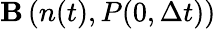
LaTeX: {\mathbf B}\left(n(t),P(0,\Delta t)\right)